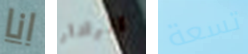
انا الرادار تسعة